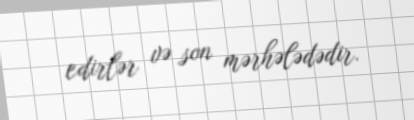
edirlər və son mərhələdədir.